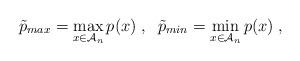
LaTeX: \begin{align*} \tilde{p}_{max}=\max_{x\in \mathcal{A}_n} p(x)\;,\;\;\tilde{p}_{min}=\min_{x\in \mathcal{A}_n} p(x)\;,\end{align*}